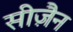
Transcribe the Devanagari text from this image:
सीज़ैन